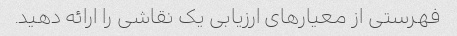
فهرستی از معیارهای ارزیابی یک نقاشی را ارائه دهید.